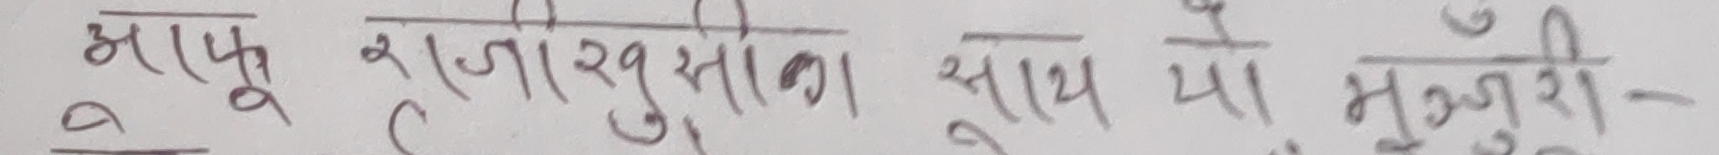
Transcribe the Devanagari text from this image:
आफू रजिखुसीका साथ या मञ्जुरी-